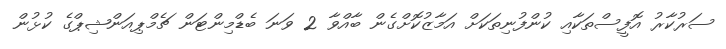
ސަރުކާރު އޮފީސްތަކާއި ކުންފުނިތަކަށް އަމާޒުކޮށްގެން ބާއްވާ 2 ވަނަ ބެޑްމިންޓަން ޗެމްޕިއަންޝިޕްގެ ކުޅުން